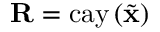
\mathbf { R } = \mathrm { c a y } \left( \tilde { \mathbf { x } } \right)